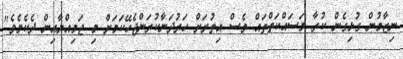
ނިޒާމުން ގުޅިގެން ކުރާ މަސައްކަތްތައް ވެސް އިތުރަށް ހަރުދަނާކުރަންޖެހޭކަމަށް މި ޖަމިއްޔާއިން ދެކެމެވެ"